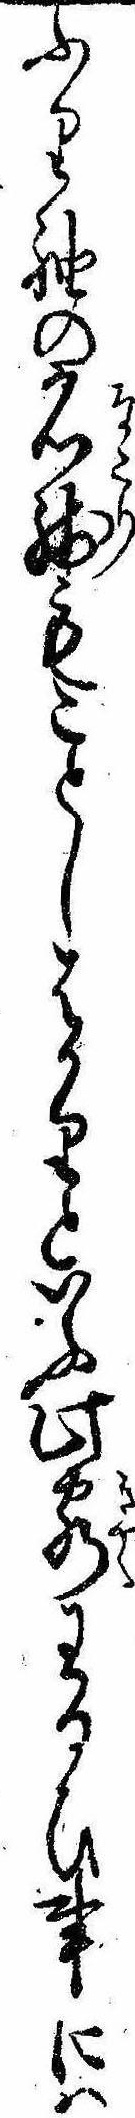
ふり袖の名残もことしはかりといふ此客わるひ事には